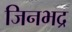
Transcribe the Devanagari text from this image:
जिनभद्र